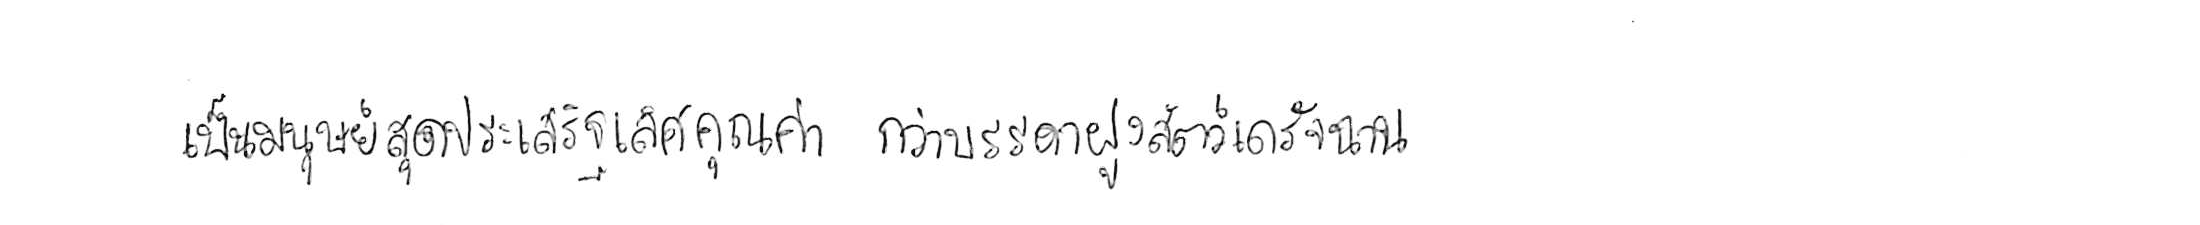
เป็นมนุษย์สุดประเสริฐเลิศคุณค่า กว่าบรรดาฝูงสัตว์เดรัจฉาน